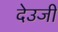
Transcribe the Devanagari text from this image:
देउजी